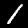
Label: 1